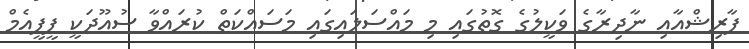
ފާރިޝްއާއި ނާދިރާގެ ވަކީލުގެ ގޮތުގައި މި މައްސަލައިގައި މަސައްކަތް ކުރައްވާ ސުއޫދަކީ ޕީޕީއެމް